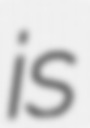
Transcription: is